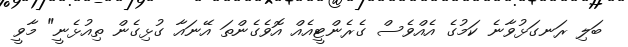
ބަލި ރަނގަޅުވާނެ ކަމުގެ އެއްވެސް ގެރެންޓީއެއް އޮވެގެންތަ އޭނައާ ގުޅިގެން ތިއުޅެނީ" މާވީ